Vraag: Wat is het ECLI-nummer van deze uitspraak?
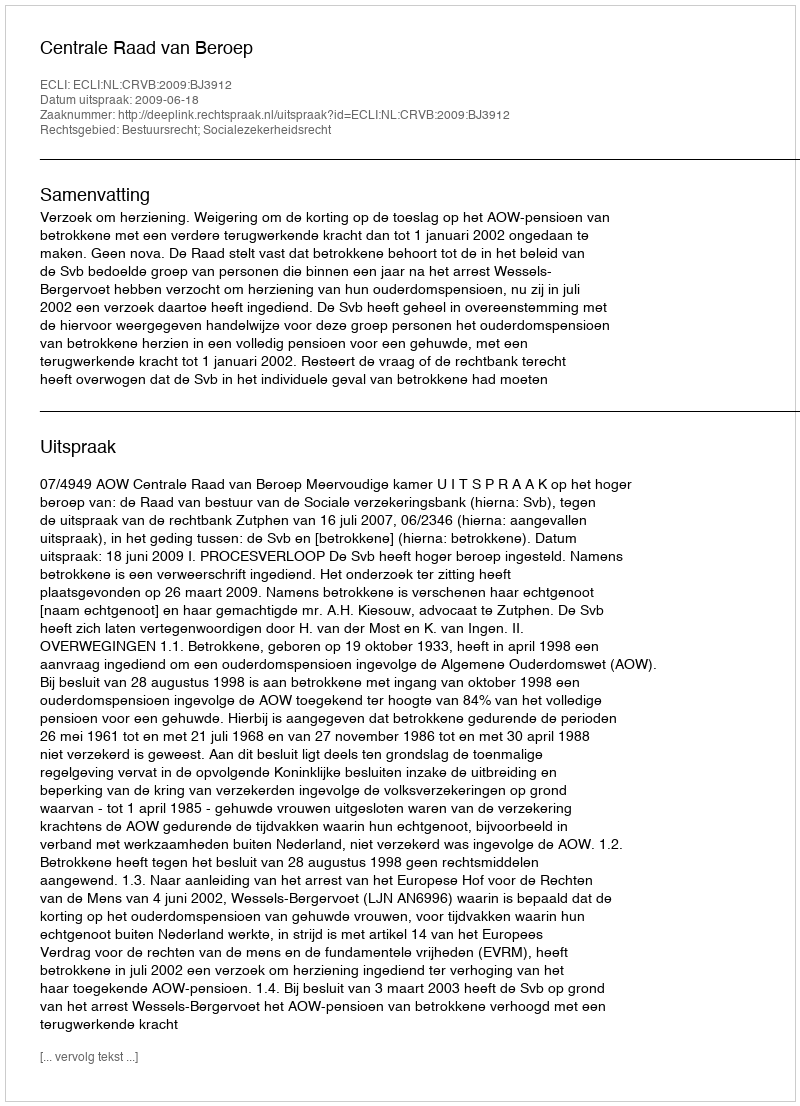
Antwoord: ECLI:NL:CRVB:2009:BJ3912